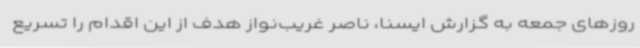
روزهای جمعه به گزارش ایسنا، ناصر غریب‌نواز هدف از این اقدام را تسریع